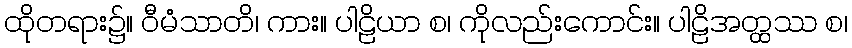
ထိုတရား၌။ ဝီမံသာတိ၊ ကား။ ပါဠိယာ စ၊ ကိုလည်းကောင်း။ ပါဠိအတ္ထဿ စ၊